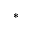
^ { * }